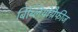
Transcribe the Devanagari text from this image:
बिब्लियोग्रैफीज